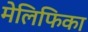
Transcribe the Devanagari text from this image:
मेलिफिका